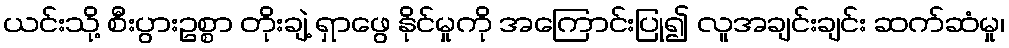
ယင်းသို့ စီးပွားဥစ္စာ တိုးချဲ့ ရှာဖွေ နိုင်မှုကို အကြောင်းပြု၍ လူအချင်းချင်း ဆက်ဆံမှု၊